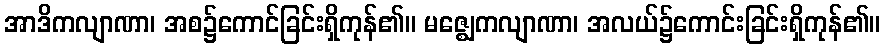
အာဒိကလျာဏာ၊ အစ၌ကောင်ခြင်းရှိကုန်၏။ မဇ္ဈေကလျာဏာ၊ အလယ်၌ကောင်းခြင်းရှိကုန်၏။